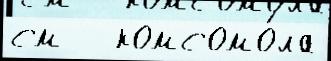
см   комсомо́ла